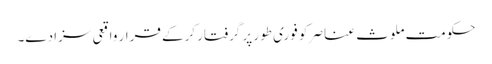
حکومت ملوث عناصر کو فوری طور پر گرفتار کرکے قرار واقعی سزا دے۔